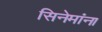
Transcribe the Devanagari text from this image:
सिनेमांना